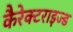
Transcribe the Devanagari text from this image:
कैरेक्टराइज्ड